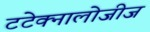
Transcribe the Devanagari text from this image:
टटेक्नालोजीज